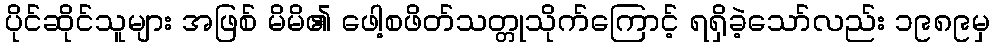
ပိုင်ဆိုင်သူများ အဖြစ် မိမိ၏ ဖေါ့စဖိတ်သတ္တုသိုက်ကြောင့် ရရှိခဲ့သော်လည်း ၁၉၈၉မှ